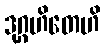
ဒုဂ္ဂဟိတေဟိ